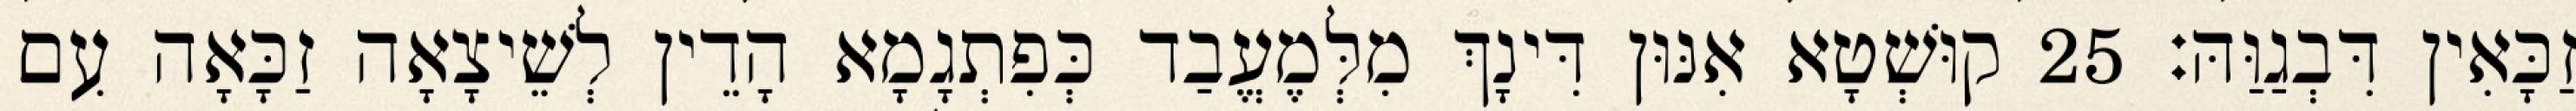
זַכָּאִין דִּבְגַוַּהּ׃ 25 קוּשְׁטָא אִנּוּן דִּינָךְ מִלְּמֶעֱבַד כְּפִתְגָמָא הָדֵין לְשֵׁיצָאָה זַכָּאָה עִם